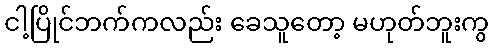
ငါ့ပြိုင်ဘက်ကလည်း ခေသူတော့ မဟုတ်ဘူးကွ